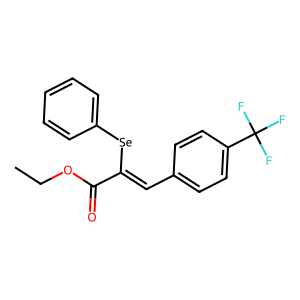
SMILES: CCOC(=O)C(=Cc1ccc(C(F)(F)F)cc1)[Se]c1ccccc1
Inhibits HIV replication: No